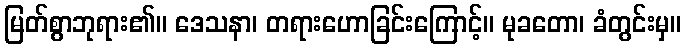
မြတ်စွာဘုရား၏။ ဒေသနာ၊ တရားဟောခြင်းကြောင့်။ မုခတော၊ ခံတွင်းမှ။